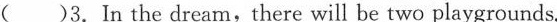
( )3. In the dream,there will be two playgrounds.